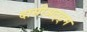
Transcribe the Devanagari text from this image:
दासीअट्ट्म